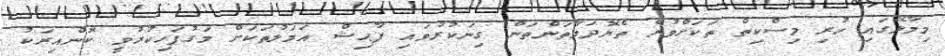
މިމާލޭގައި ހުރި މިސްކިތް ތަކަށްވުރެ ތެޔޮދަމާތަންތަން ގިނަކުރުވައި ފާޙިޝް އަމަލުތަކަށް މަގުފަހިކުރުވީ ކޮންއިރަކު